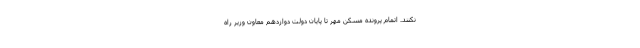
نکنند. اتمام پرونده مسکن مهر تا پایان دولت دوازدهم معاون وزیر راه